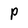
Character: P